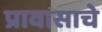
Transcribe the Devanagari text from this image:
प्रावासाचे